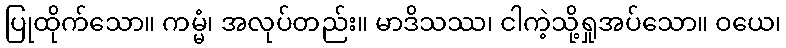
ပြုထိုက်သော။ ကမ္မံ၊ အလုပ်တည်း။ မာဒိသဿ၊ ငါကဲ့သို့ရှုအပ်သော။ ဝယေ၊